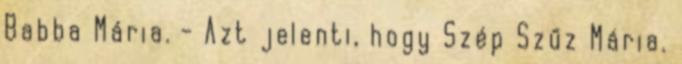
Babba Mária. - Azt jelenti, hogy Szép Szűz Mária.